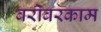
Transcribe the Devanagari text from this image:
बरोबरकाम